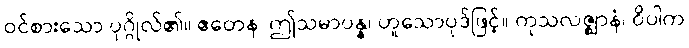
ဝင်စားသော ပုဂ္ဂိုလ်၏။ ဧတေန၊ ဤသမာပန္န၊ ဟူသောပုဒ်ဖြင့်။ ကုသလဇ္ဈာနံ၊ ဝိပါက